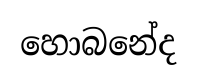
හොබනේද